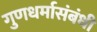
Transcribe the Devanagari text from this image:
गुणधर्मासंबंधी